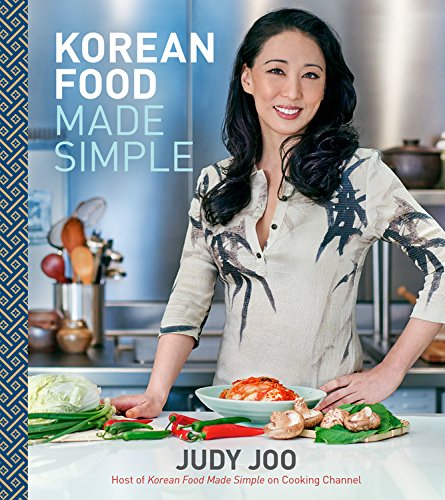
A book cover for Korean Food Made Simple; Judy Joo; Cookbooks, Food & Wine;